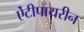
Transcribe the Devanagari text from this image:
ऐंटीपायरीन